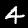
Label: 4